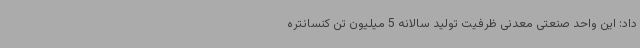
داد: این واحد صنعتی معدنی ظرفیت تولید سالانه 5 میلیون تن کنسانتره